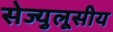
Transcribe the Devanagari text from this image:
सेज्युलूसीय